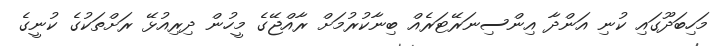
މަހިބަދޫގައި ކުނި އަންދާ އިންސިނަރޭޓަރެއް ބިނާކުރުމަށް ރާއްޖޭގެ މީހުން ދިރިއުޅޭ ރަށްތަކުގެ ކުނީގެ